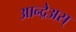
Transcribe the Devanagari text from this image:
आन्द्रेअस्